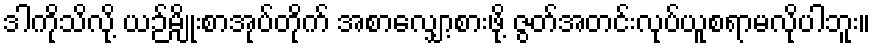
ဒါကိုသိလို့ ယဉ်မျိုးစာအုပ်တိုက် အစာလျှော့စားဖို့ ဇွတ်အတင်းလုပ်ယူစရာမလိုပါဘူး။